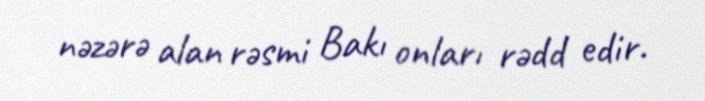
nəzərə alan rəsmi Bakı onları rədd edir.